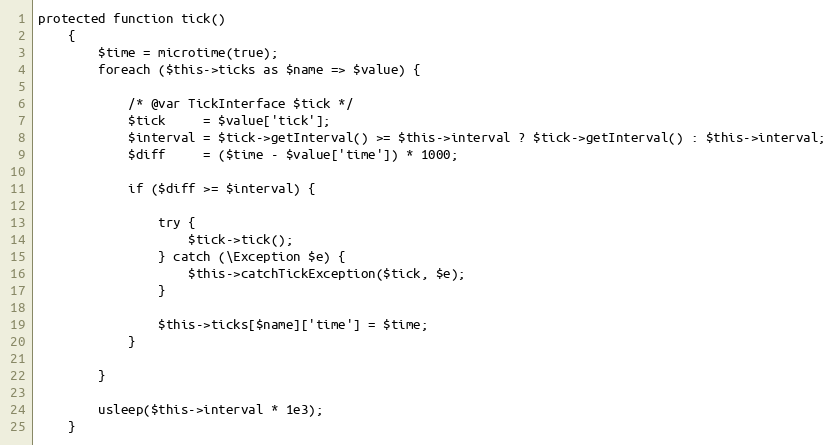
Language: PHP
protected function tick()
    {
        $time = microtime(true);
        foreach ($this->ticks as $name => $value) {

            /* @var TickInterface $tick */
            $tick     = $value['tick'];
            $interval = $tick->getInterval() >= $this->interval ? $tick->getInterval() : $this->interval;
            $diff     = ($time - $value['time']) * 1000;

            if ($diff >= $interval) {

                try {
                    $tick->tick();
                } catch (\Exception $e) {
                    $this->catchTickException($tick, $e);
                }

                $this->ticks[$name]['time'] = $time;
            }

        }

        usleep($this->interval * 1e3);
    }